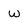
Character: w